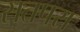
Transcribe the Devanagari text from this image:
सतपरा